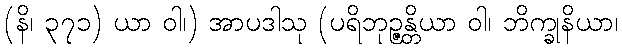
(နိ၊ ၃၇၁) ယာ ဝါ၊) အာပဒါသု (ပရိဘုဉ္ဇန္တိယာ ဝါ၊ ဘိက္ခုနိယာ၊